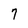
Character: 7